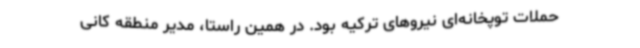
حملات توپخانه‌ای نیروهای ترکیه بود. در همین راستا، مدیر منطقه کانی